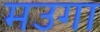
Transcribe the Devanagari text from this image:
मउगा